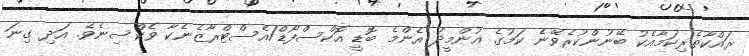
ރައްކާތެރިކަމާއެކު ބޭނުންކުރެވޭނެ ކަމުގެ އުންމީދު އެންމެ ބޮޑީ އޮކްސްފޯޑް/އެސްޓްރާޒެނެކާ ވެކްސިނެވެ. އަދި ގިނަ